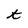
Character: t